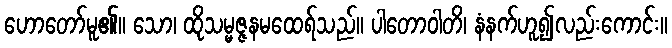
ဟောတော်မူ၏။ သော၊ ထိုသမ္မဇ္ဇနမထေရ်သည်။ ပါတောဝါတိ၊ နံနက်ဟူ၍လည်းကောင်း။